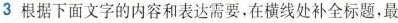
3根据下面文字的内容和表达需要，在横线处补全标题，最